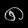
Digit: ၈